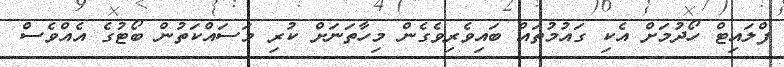
ފްލައިޓް ހޯދުމަށް އެކި ގައުމުތައް ބައިވެރިވެގެން މިހާތަނަށް ކުރި މަސައްކަތުން ބޯޓުގެ އެއްވެސް